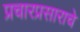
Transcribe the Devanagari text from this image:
प्रचारप्रसाराचे